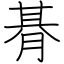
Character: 朞